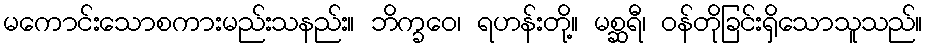
မကောင်းသောစကားမည်းသနည်း။ ဘိက္ခဝေ၊ ရဟန်းတို့။ မစ္ဆရီ၊ ဝန်တိုခြင်းရှိသောသူသည်။